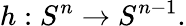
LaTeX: h:S^{n}\to S^{n-1}.